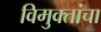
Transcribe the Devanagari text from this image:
विमुक्तांचा